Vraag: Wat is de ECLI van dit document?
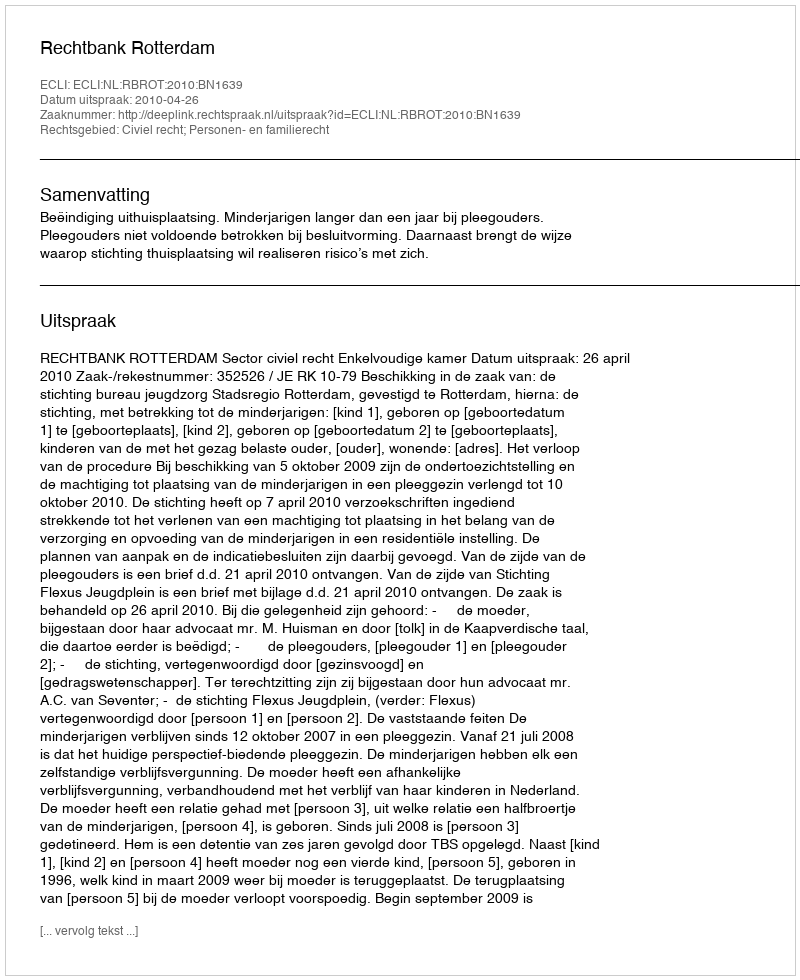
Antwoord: ECLI:NL:RBROT:2010:BN1639